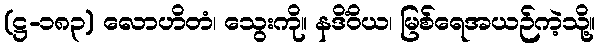
(ဋ္ဌ-၁၈၃) လောဟိတံ၊ သွေးကို။ နဒိံဝိယ၊ မြစ်ရေအယဉ်ကဲ့သို့။